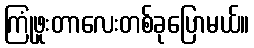
ကြုံဖူးတာလေးတစ်ခုပြောမယ်။